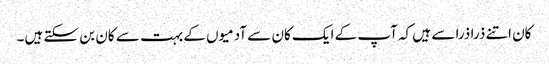
کان اتنے ذرا ذرا سے ہیں کہ آپ کے ایک کان سے آدمیوں کے بہت سے کان بن سکتے ہیں۔